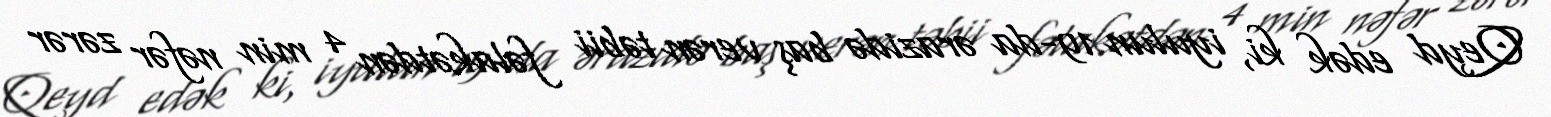
Qeyd edək ki, iyulun 19-da ərazidə baş verən təbii fəlakətdən 4 min nəfər zərər